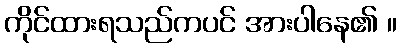
ကိုင်ထားရသည်ကပင် အားပါနေ၏ ။